Vaccination in Bombay 1869-1873 - 1869-1873
Year: 1869
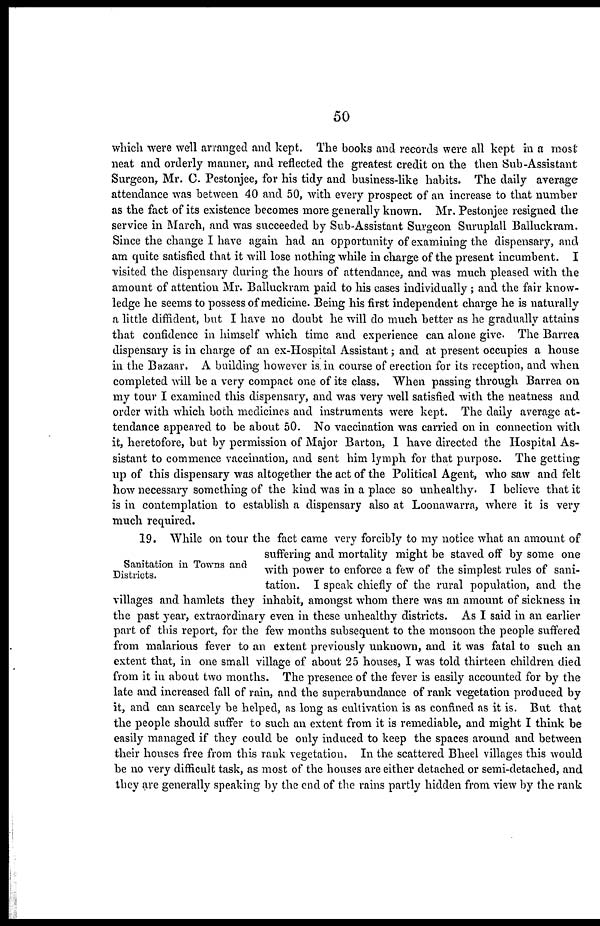
50
which were well arranged and kept. The books and records were all kept in a most
neat and orderly manner, and reflected the greatest credit on the then Sub-Assistant
Surgeon, Mr. C. Pestonjee, for his tidy and business-like habits. The daily average
attendance was between 40 and 50, with every prospect of an increase to that number
as the fact of its existence becomes more generally known. Mr. Pestonjee resigned the
service in March, and was succeeded by Sub-Assistant Surgeon Suruplall Balluckram.
Since the change I have again had an opportunity of examining the dispensary, and
am quite satisfied that it will lose nothing while in charge of the present incumbent. I
visited the dispensary during the hours of attendance, and was much pleased with the
amount of attention Mr. Balluckram paid to his cases individually ; and the fair know-
ledge he seems to possess of medicine. Being his first independent charge he is naturally
a little diffident, but I have no doubt he will do much better as he gradually attains
that confidence in himself which time and experience can alone give. The Barrea
dispensary is in charge of an ex-Hospital Assistant; and at present occupies a house
in the Bazaar. A building however is. in course of erection for its reception, and when
completed will be a very compact one of its class. When passing through Barrea on
my tour I examined this dispensary, and was very well satisfied with the neatness and
order with which both medicines and instruments were kept. The daily average at-
tendance appeared to be about 50. No vaccination was carried on in connection with
it, heretofore, but by permission of Major Barton, I have directed the Hospital As-
sistant to commence vaccination, and sent him lymph for that purpose. The getting
up of this dispensary was altogether the act of the Political Agent, who saw and felt
how necessary something of the kind was in a place so unhealthy. I believe that it
is in contemplation to establish a dispensary also at Loonawarra, where it is very
much required.
Sanitation in Towns and
Districts.
19. While on tour the fact came very forcibly to my notice what an amount of
suffering and mortality might be staved off by some one
with power to enforce a few of the simplest rules of sani-
tation. I speak chiefly of the rural population, and the
villages and hamlets they inhabit, amongst whom there was an amount of sickness in
the past year, extraordinary even in these unhealthy districts. As I said in an earlier
part of this report, for the few months subsequent to the monsoon the people suffered
from malarious fever to an extent previously unknown, and it was fatal to such an
extent that, in one small village of about 25 houses, I was told thirteen children died
from it in about two months. The presence of the fever is easily accounted for by the
late and increased fall of rain, and the superabundance of rank vegetation produced by
it, and can scarcely be helped, as long as cultivation is as confined as it is. But that
the people should suffer to such an extent from it is remediable, and might I think be
easily managed if they could be only induced to keep the spaces around and between
their houses free from this rank vegetation. In the scattered Bheel villages this would
be no very difficult task, as most of the houses are either detached or semi-detached, and
they are generally speaking by the end of the rains partly hidden from view by the rank